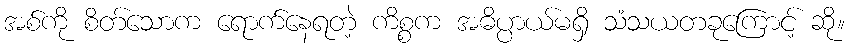
အစ်ကို စိတ်သောက ရောက်နေရတဲ့ ကိစ္စက အဓိပ္ပာယ်မရှိ သံသယတခုကြောင့် ဆို။